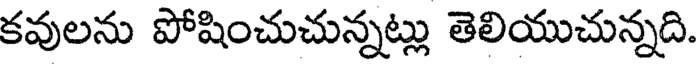
కవులను పోషించుచున్నట్లు తెలియుచున్నది.